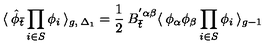
\langle \: { \hat { \phi } } _ { \bar { t } } \prod _ { i \in S } \phi _ { i } \: \rangle _ { g , \: { \Delta _ { 1 } } } = \frac { 1 } { 2 } \: B _ { \bar { t } } ^ { ' \alpha \beta } \langle \: \phi _ { \alpha } \phi _ { \beta } \prod _ { i \in S } \phi _ { i } \: \rangle _ { g - 1 } \,